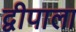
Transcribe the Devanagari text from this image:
द्वीपाला